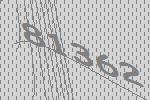
81362